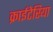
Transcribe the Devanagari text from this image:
क्राईटेरिया